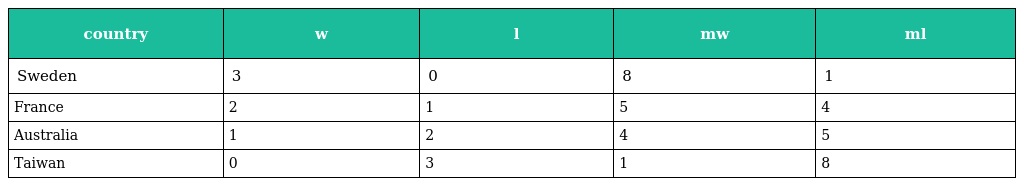
| country | w | l | mw | ml |
 | --- | --- | --- | --- | --- |
 | Sweden | 3 | 0 | 8 | 1 |
 | France | 2 | 1 | 5 | 4 |
 | Australia | 1 | 2 | 4 | 5 |
 | Taiwan | 0 | 3 | 1 | 8 |